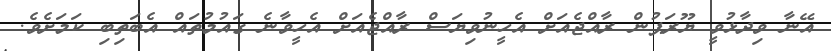
އޭނާ ވިދާޅުވީ ޔޫރަޕުން ރާއްޖެއަށް އެހީނުވިޔަސް ރާއްޖެއަށް އެހީވާނެ ގައުމުތައް އެބަތިބި ކަމަށެވެ.